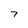
Character: 7